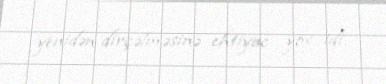
yenidən dirçəlməsinə ehtiyac yox idi.